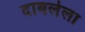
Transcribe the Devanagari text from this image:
दाबलेला